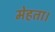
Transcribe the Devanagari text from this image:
मेहता।